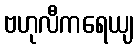
ဗဟုလီကရေယျ